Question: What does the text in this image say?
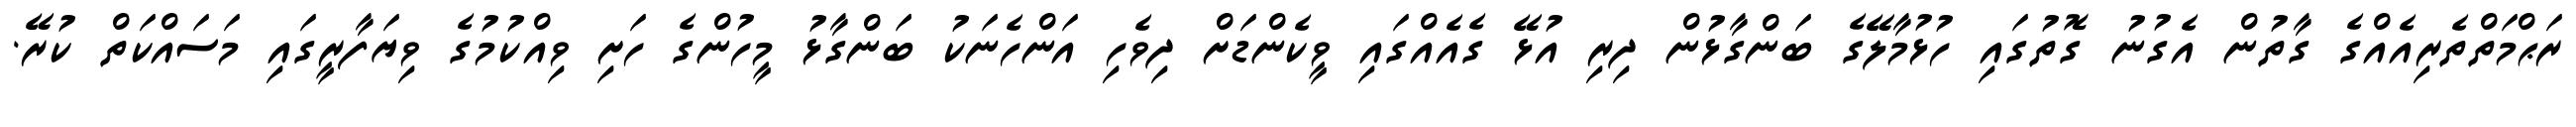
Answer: ރަޙްމަތްތެރިއެއްގެ ގާތުން އެގުނު ގޮތުގައި ހުޅުމާލޭގެ ބަންގާޅުން ދިރި އުޅޭ ގެއެއްގައި ވީކެންޑަށް ދިވެހި އަންހެނަކު ބަންގާޅު މީހުންގެ ހަށި ވިއްކުމުގެ ވިޔަފާރީގައި މަސައްކަތް ކުރޭ.